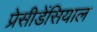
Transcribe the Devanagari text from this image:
प्रेसीडेंसियाल